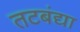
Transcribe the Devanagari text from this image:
तटबंद्या